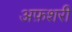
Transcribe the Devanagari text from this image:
अफ़शरी